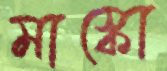
মাস্কো